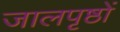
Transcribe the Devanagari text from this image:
जालपृष्ठों